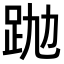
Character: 𧿢